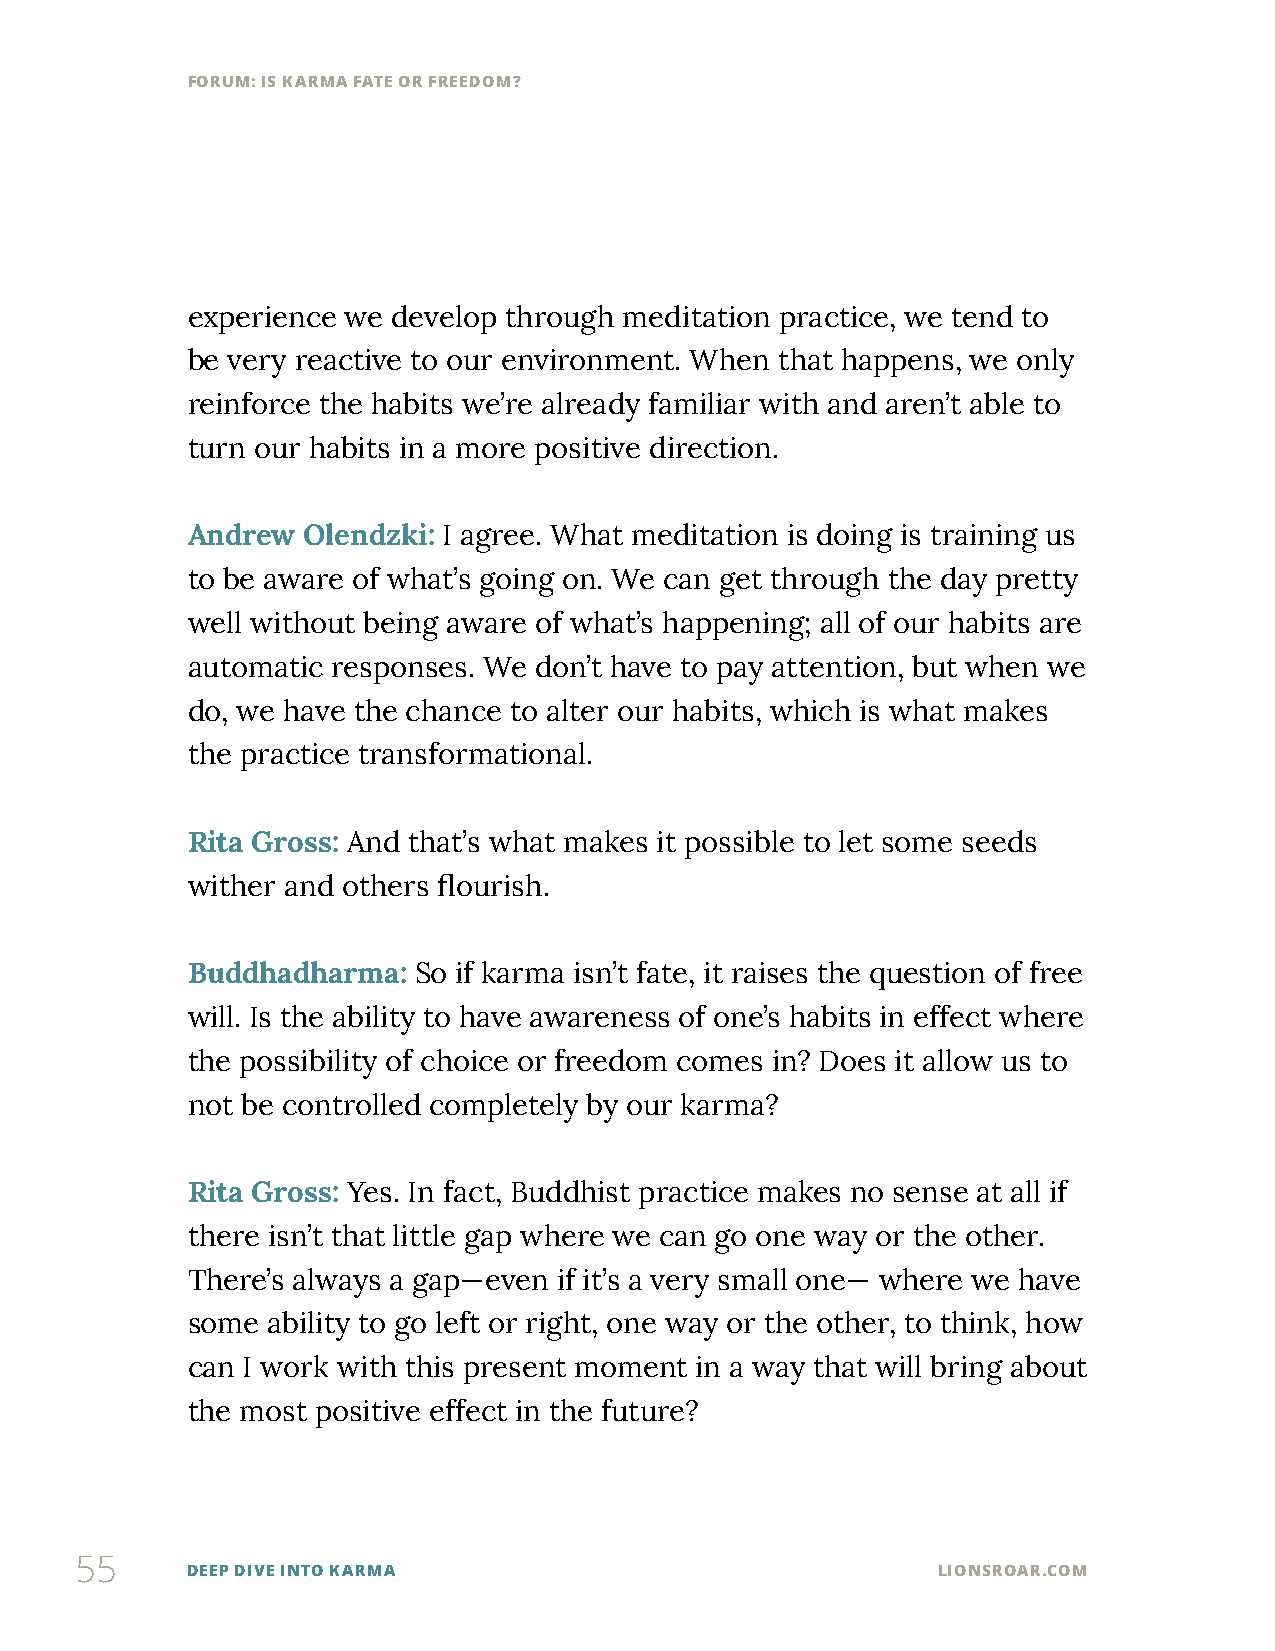
FORUM: IS KARMA FATE OR FREEDOM?
 experience we develop through meditation practice, we tend to
 be very reactive to our environment. When that happens, we only
 reinforce the habits we’re already familiar with and aren’t able to
 turn our habits in a more positive direction.
 Andrew  Olendzki: I agree. What meditation is doing is training us
 to be aware of what’s going on. We can get through the day pretty
 well without being aware of what’s happening; all of our habits are
 automatic responses. We don’t have to pay attention, but when we
 do, we have the chance to alter our habits, which is what makes
 the practice transformational.
 Rita Gross: And that’s what makes it possible to let some seeds
 wither and others flourish.
 Buddhadharma:  So if karma isn’t fate, it raises the question of free
 will. Is the ability to have awareness of one’s habits in effect where
 the possibility of choice or freedom comes in? Does it allow us to
 not be controlled completely by our karma?
 Rita Gross: Yes. In fact, Buddhist practice makes no sense at all if
 there isn’t that little gap where we can go one way or the other.
 There’s always a gap—even if it’s a very small one— where we have
 some  ability to go left or right, one way or the other, to think, how
 can I work with this present moment in a way that will bring about
 the most positive effect in the future?
 55
 DEEP DIVE INTO KARMA                              LIONSROAR.COM